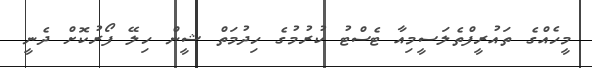
މީހެއްގެ ތައުރީފްތެލަސީމިއާ ޓެސްޓު ކުރުުމުގެ ހިދުމަތް ޝީން ހިލޭ ފޯރުކޮށް ދެނީ